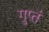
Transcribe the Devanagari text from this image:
गुप्तं